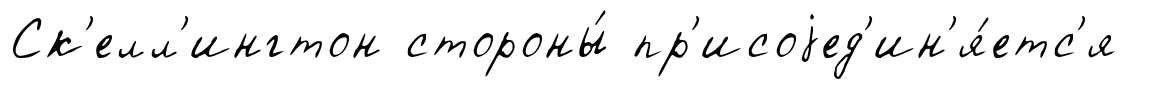
Ск'елл'ингтон стороны́ пр'исоjед'ин'я́етс'я